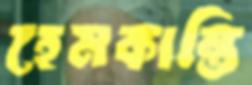
হেমকান্তি